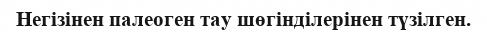
Негізінен палеоген тау шөгінділерінен түзілген.